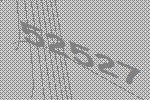
52527